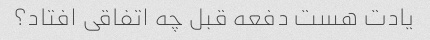
یادت هست دفعه قبل چه اتفاقی افتاد؟